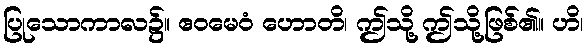
ပြုသောကာလ၌။ ဧဝမေဝံ ဟောတိ၊ ဤသို့ ဤသို့ဖြစ်၏။ ဟိ၊